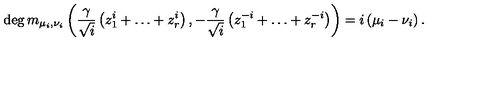
\deg m _ { \mu _ { i } , \nu _ { i } } \left( \frac { \gamma } { \sqrt { i } } \left( z _ { 1 } ^ { i } + \ldots + z _ { r } ^ { i } \right) , - \frac { \gamma } { \sqrt { i } } \left( z _ { 1 } ^ { - i } + \ldots + z _ { r } ^ { - i } \right) \right) = i \left( \mu _ { i } - \nu _ { i } \right) .